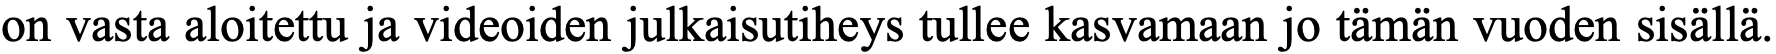
on vasta aloitettu ja videoiden julkaisutiheys tullee kasvamaan jo tämän vuoden sisällä.